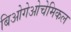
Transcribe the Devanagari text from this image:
बिओगेओचेमिकल